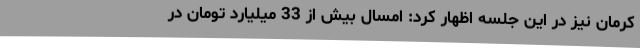
کرمان نیز در این جلسه اظهار کرد: امسال بیش از 33 میلیارد تومان در